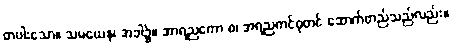
တပါးသော။ သမယေန၊ အခါ၌။ အာရညကော စ၊ အရညကင်ဓုတင် ဆောက်တည်သည်လည်း။